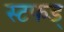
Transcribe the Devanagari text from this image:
स्टफड्